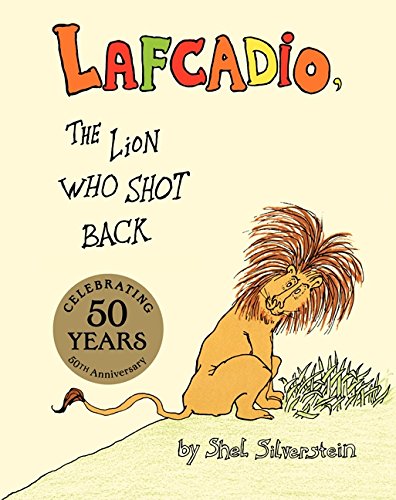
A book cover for Lafcadio, The Lion Who Shot Back; Shel Silverstein; Children's Books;